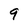
Character: 9